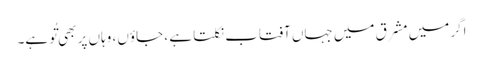
اگر میں مشرق میں جہاں آفتاب نکلتا ہے ، جاؤں ، وہاں پر بھی تُو ہے۔